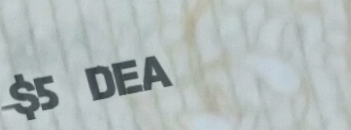
$5 Deal